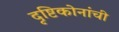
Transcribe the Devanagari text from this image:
दृष्टिकोनांची